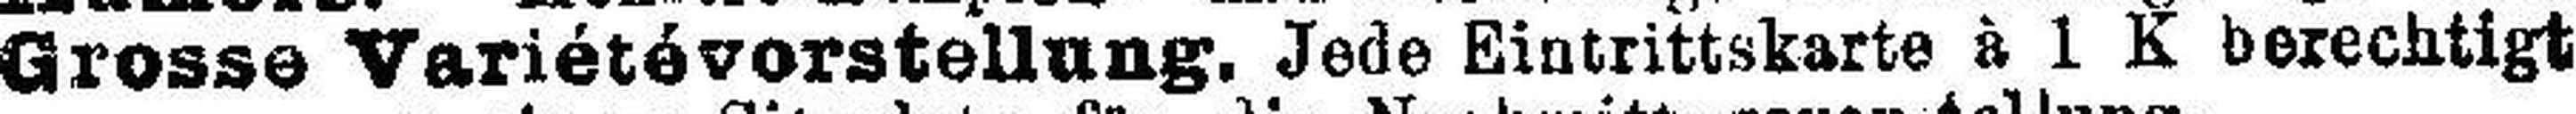
Grosse Variétévorstellung, Jede Eintrittskarte à 1 K berechtigt